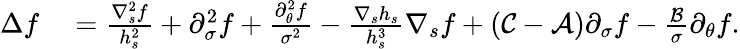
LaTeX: \begin{array}{rl}{\Delta f}&{{}=\frac{\nabla_{s}^{2}f}{h_{s}^{2}}+\partial_{\sigma}^{2}f+\frac{\partial_{\theta}^{2}f}{\sigma^{2}}-\frac{\nabla_{s}h_{s}}{h_{s}^{3}}\nabla_{s}f+\left(\mathcal{C}-\mathcal{A}\right)\partial_{\sigma}f-\frac{\mathcal{B}}{\sigma}\partial_{\theta}f.}\end{array}